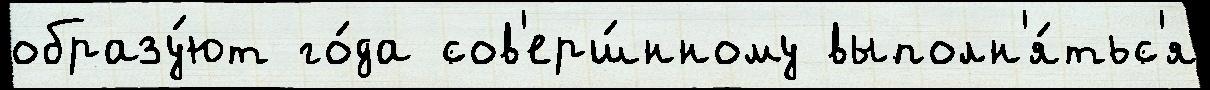
образу́ют го́да сов'ерш́нному выполн'я́тьс'я